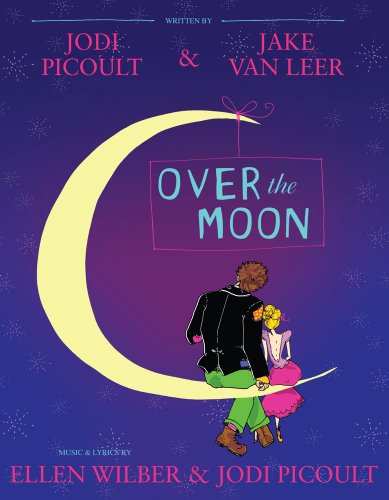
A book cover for Over the Moon: A Musical Play; Jodi Picoult; Teen & Young Adult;